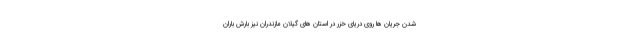
شدن جریان ها روی دریای خزر در استان های گیلان مازندران نیز بارش باران